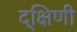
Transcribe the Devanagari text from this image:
द्क्षिणी